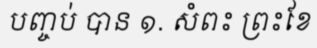
បញ្ចប់ បាន ១. សំពះ ព្រះខែ